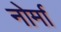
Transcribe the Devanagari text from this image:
नोर्मा